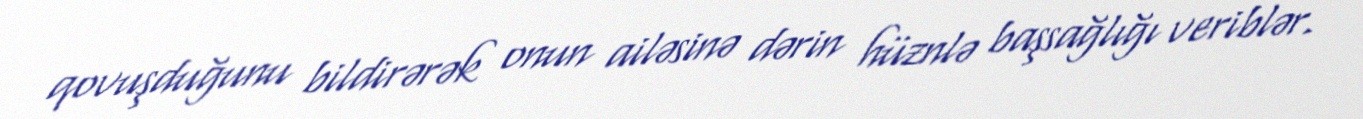
qovuşduğunu bildirərək onun ailəsinə dərin hüznlə başsağlığı veriblər.